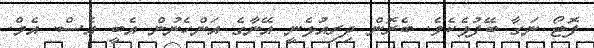
ފޮޓޯ ނަގާ ބޭފުޅެކެވެ. ބެރޮން ދިރިއުޅެނީ އޭނާގެ އަންހެނުން އެބީ އެސް. އެމް.